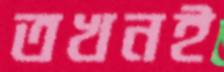
তখনই